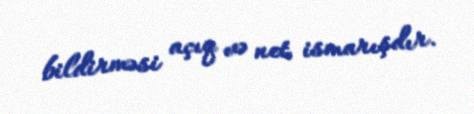
bildirməsi açıq və net ismarışdır.